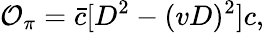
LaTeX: {\cal O}_{\pi}=\bar{c}[D^{2}-(vD)^{2}]c,